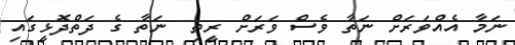
ނަމާ އެއްވަރަށް ނަތާ ވެސް ވަރަށް ރީތި  ނަތާ ގެ ދަތްދޮޅީގައި